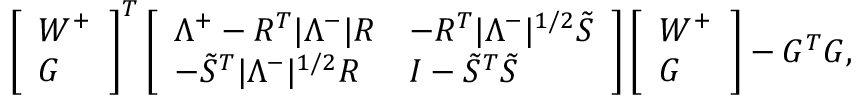
\left[ \begin{array} { l } { W ^ { + } } \\ { G } \end{array} \right] ^ { T } \left[ \begin{array} { l l } { \Lambda ^ { + } - R ^ { T } | \Lambda ^ { - } | R } & { - R ^ { T } | \Lambda ^ { - } | ^ { 1 / 2 } \tilde { S } } \\ { - \tilde { S } ^ { T } | \Lambda ^ { - } | ^ { 1 / 2 } R } & { I - \tilde { S } ^ { T } \tilde { S } } \end{array} \right] \left[ \begin{array} { l } { W ^ { + } } \\ { G } \end{array} \right] - G ^ { T } G ,